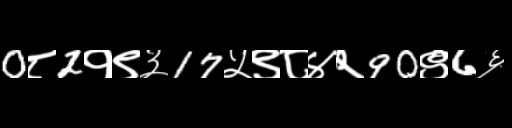
Text: 0८2१९३17५९८४२90९6६